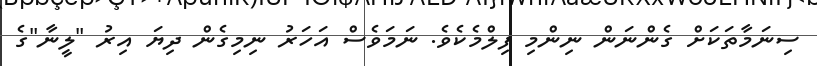
ސިނަމާތަކަށް ގެންނަން ނިންމި ފިލްމެކެވެ. ނަމަވެސް އަހަރު ނިމިގެން ދިޔަ އިރު "ލީނާ"ގެ